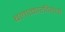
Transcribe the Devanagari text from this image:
बलात्कारविरोधी